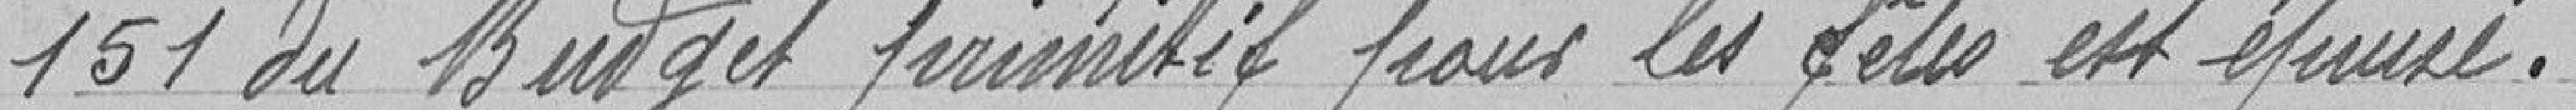
151 du budget primitif pour les fêtes est épuisé.